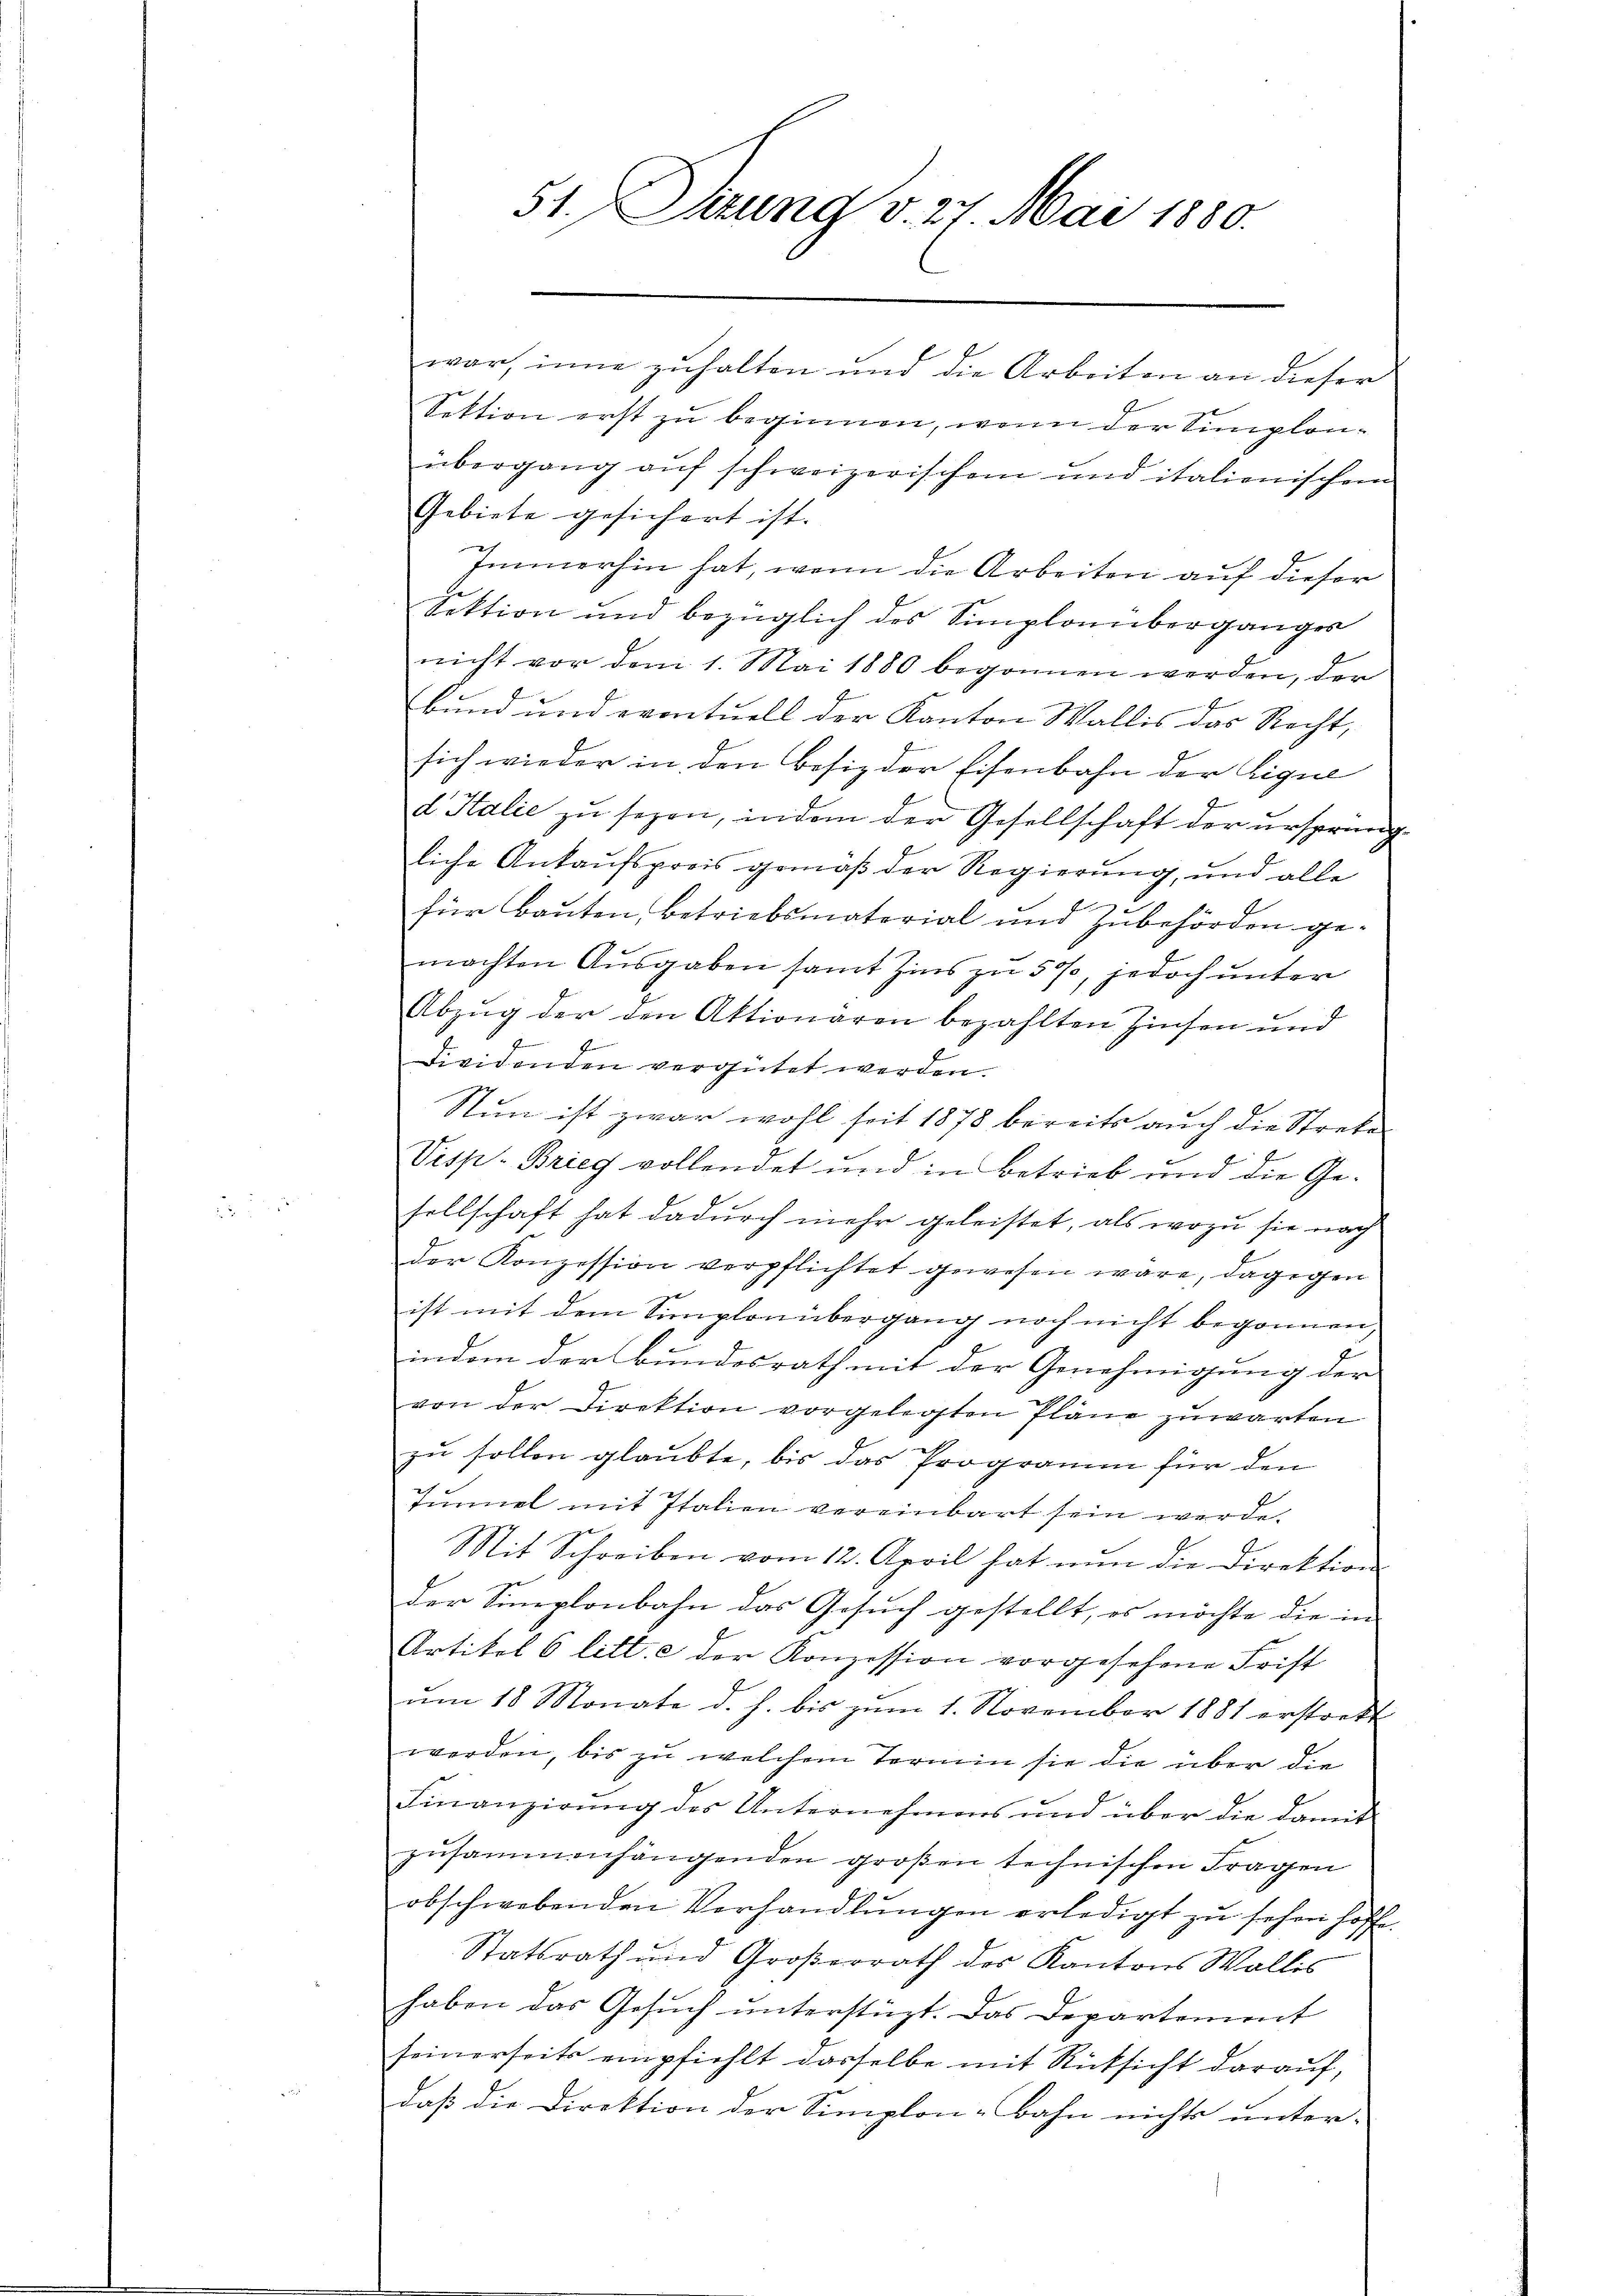
war, inne zuhalten und die Arbeiten an dieser
Sektion erst zu beginnen, wenn der Simplonübergang auf schweizerischen und italienischem
Gebiete gesichert ist.
Immerhin hat, wenn die Arbeiten auf dieser
Sektion und bezüglich des Simplonüberganges
nicht vor dem 1. Mai 1880 begonnen werden, der
Bund und eventuell der Kanton Wallis das Recht,
sich wieder in den Besiz der Eisenbahn der Lique
d Italie zu sezen, indem der Gesellschaft der ursprüngliche Ankaufspreis gemäß der Regierung, und alle
e
für Bauten, betriebsmaterial und Zubehörden gemachten Ausgaben samt Zins zu 500, jedoch unter
Abzug der den Aktionären bezahlten Zinsen und
Dividenden vergütet werden.
Nun ist zwar wohl seit 1878 bereits auch die Strebe
u
Visp- Brief vollendet und in Betrieb und die Gesellschaft hat dadurch mehr geleistet, als wozu sie nach
der Konzession verpflichtet gewesen wäre, dagegen
ist mit dem Simplonübergang noch nicht begonnen,
indem der Bundesrath mit der Genehmigung der
von der Direktion vorgelegten Pläne zuwarten
zu sollen glaubte, bis das Programm für den
Tŭnnel mit Italien vereinbart sein werde.
Mit Schreiben vom 12. April hat nun die Direktion
der Semplonbahn das Gesuch gestellt, es möchte die in
Artikel 6 litt. c der Konzession vorgesehene Frist
um 18 Monate d. h. bis zum 1. November 1881 erstrekt
werden, bis zu welchem Termin sie die über die
Finanzirung des Unternehmens und über die damit
zŭsammenhängenden großen technischen Fragen
obschwebenden Verhandlŭngen erledigt zŭ sehen hoffe.
Statsrath und Großerrath des Kantons Wallis
haben das Gesuch unterstüzt. Das Departement
seinerseits empfiehlt dasselbe mit Rücksicht darauf,
daß die Direktion der Simplon-Bahn nichts unter-

51. Sizung v. 27. Mai 1880.